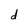
Character: d